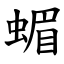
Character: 蝞